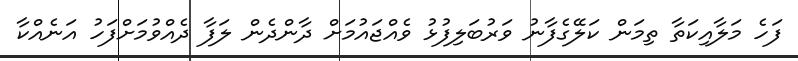
ފަހެ މަލާއިކަތާ ތިމަން ކަލޭގެފާނު ވަރުބަލިފުޅު ވެއްޖައުމަށް ދާންދެން ލަފާ ދެއްވުމަށްފަހު އަނެއްކާ